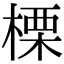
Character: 𣗖